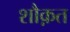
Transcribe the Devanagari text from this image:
शौक़त